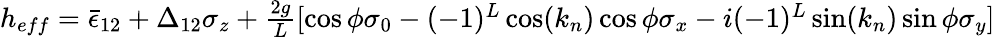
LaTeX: \begin{array}{r}{h_{eff}=\bar{\epsilon}_{12}+\Delta_{12}\sigma_{z}+\frac{2g}{L}[\cos\phi\sigma_{0}-(-1)^{L}\cos(k_{n})\cos\phi\sigma_{x}-i(-1)^{L}\sin(k_{n})\sin\phi\sigma_{y}]}\end{array}